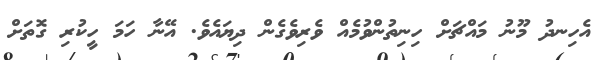
އެހިނދު މޫނު މައްޗަށް ހިނިތުންވުމެއް ވެރިވެގެން ދިޔައެވެ. އޭނާ ހަމަ ހީކުރި ގޮތަށް